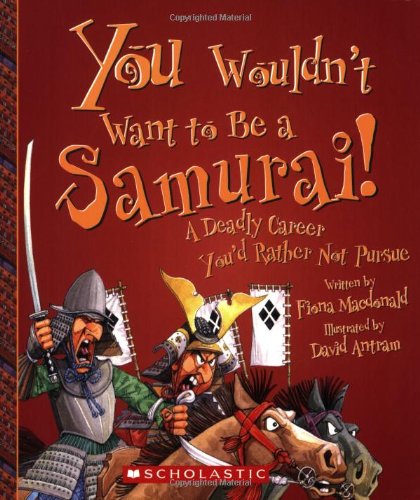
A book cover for You Wouldn't Want to Be a Samurai!: A Deadly Career You'd Rather Not Pursue; Fiona MacDonald; Children's Books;